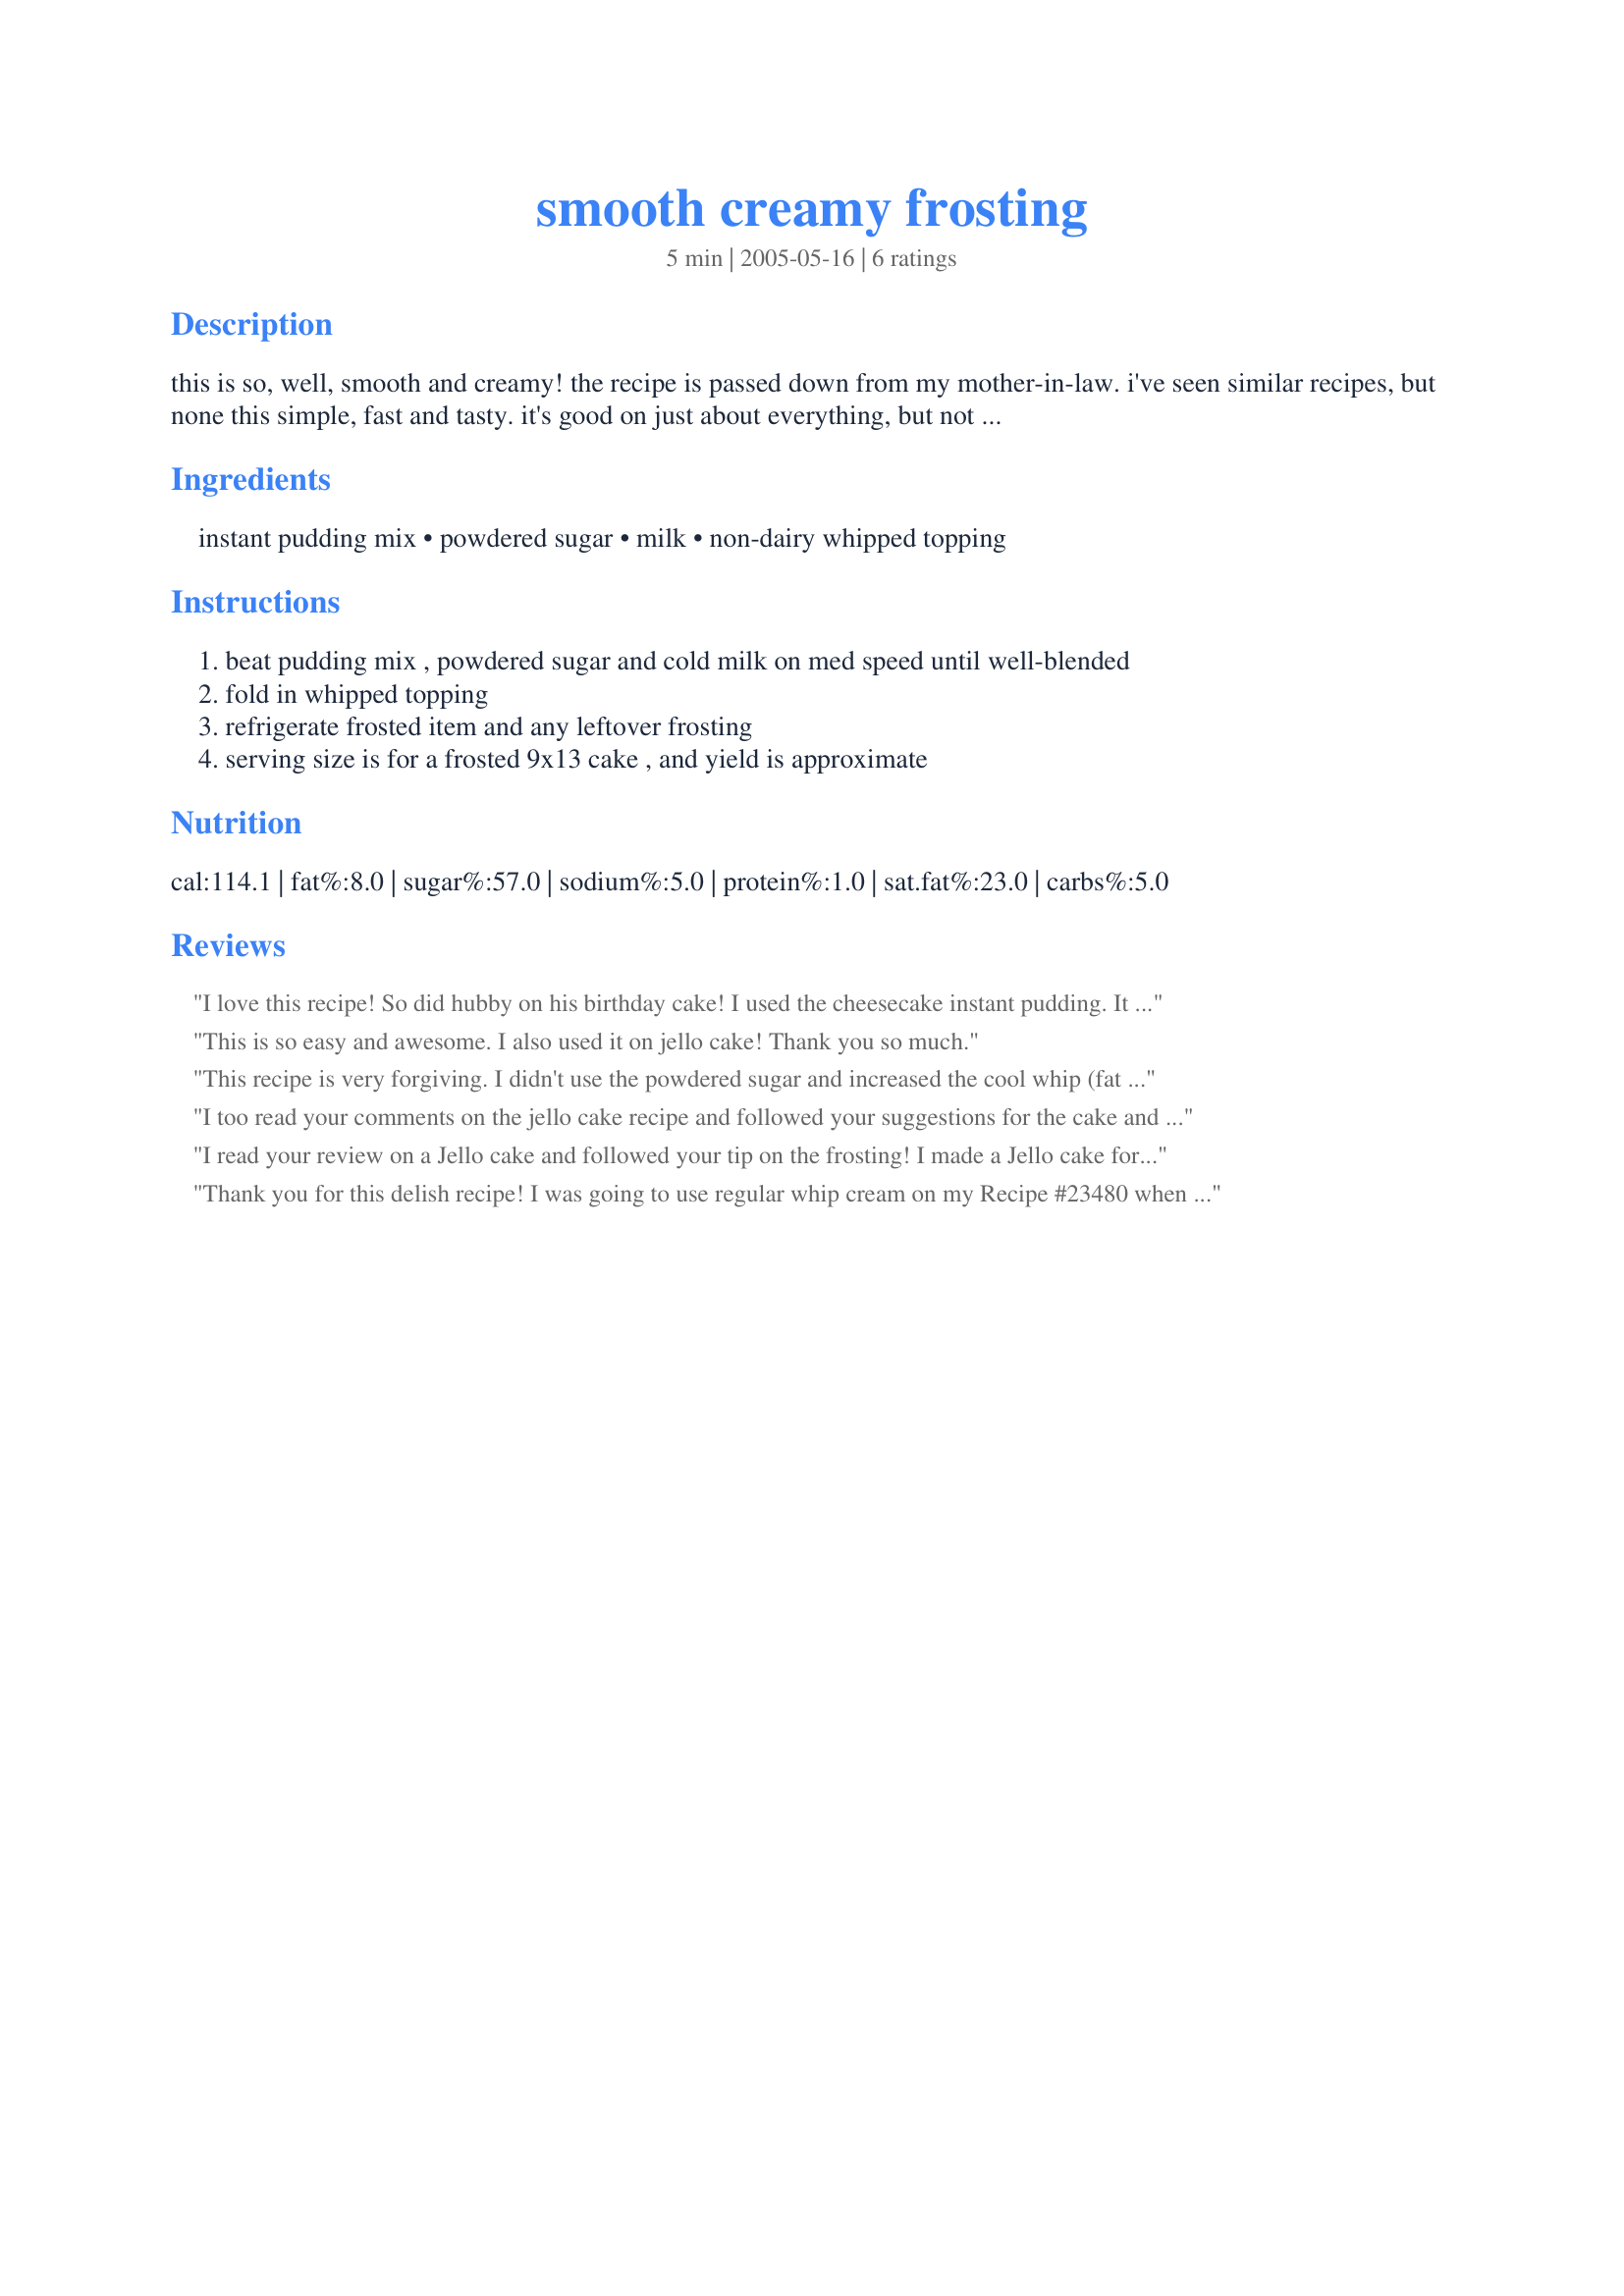
smooth creamy frosting
Preparation time: 5 minutes

this is so, well, smooth and creamy! the recipe is passed down from my mother-in-law. i've seen similar recipes, but none this simple, fast and tasty. it's good on just about everything, but not suitable for decorating. it's just very spreadable. we particularly love it on a refrigerated jell-o cake during the summer. also, any flavor of instant pudding is a hit with this one! our favorites are vanilla, lemon and chocolate. covers the *top* of a 9x13 cake very well.

Ingredients:
instant pudding mix, powdered sugar, milk, non-dairy whipped topping

Steps:
beat pudding mix , powdered sugar and cold milk on med speed until well-blended, fold in whipped topping, refrigerate frosted item and any leftover frosting, serving size is for a frosted 9x13 cake , and yield is approximate

Reviews:
I love this recipe! So did hubby on his birthday cake! I used the cheesecake instant pudding. It was delicious! Thank you!
This is so easy and awesome. I also used it on jello cake! Thank you so much.
This recipe is very forgiving. I didn't use the powdered sugar and increased the cool whip (fat free) so I know mine was "softer" than if I had followed the recipe. I really really like this. I used cheesecake pudding. Thank you for sharing.
I too read your comments on the jello cake recipe and followed your suggestions for the cake and the frosting. The frosting is to die for. Thanks!!
I read your review on a Jello cake and followed your tip on the frosting! I made a Jello cake for a Teacher's Luncheon. I sampled the frosting, plenty, and that powdered sugar makes it that more delicious! It really looks creamy and I love knowing that the pudding is going to help it stay fresher (and not wilty) on the buffet table. Thanks Jeff's Girl Way Out West, for posting. The next batch is going to be for my family!
Roxygirl
Thank you for this delish recipe! I was going to use regular whip cream on my Recipe #23480 when I read about this recipe instead. It's really creamy and has a fresh taste. Love it!
